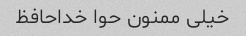
خیلی ممنون حوا خداحافظ